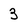
Character: 3